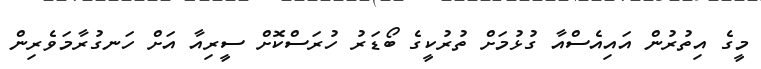
މީގެ އިތުރުން އައިއެސްއާ ގުޅުމަށް ތުރުކީގެ ބޯޑަރު ހުރަސްކޮށް ސީރިއާ އަށް ހަނގުރާމަވެރިން